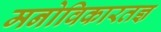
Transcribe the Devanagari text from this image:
मनोविकारतज्ञ